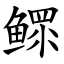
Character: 鳏